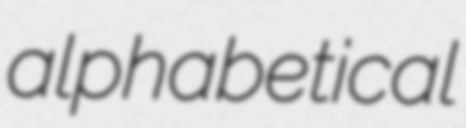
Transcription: alphabetical